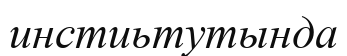
инстиьтутында